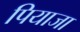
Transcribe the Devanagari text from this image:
पियाजा